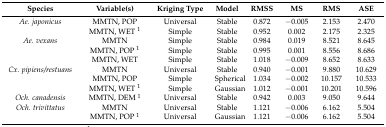
| Species | Variable(s) | Kriging Type | Model | RMSS | MS | RMS | ASE |
 | --- | --- | --- | --- | --- | --- | --- | --- |
 | Ae. japonicus | MMTN, POP | Universal | Stable | 0.872 | −0.005 | 2.153 | 2.470 |
 |  | MMTN, WET 1 | Simple | Stable | 0.952 | 0.002 | 2.175 | 2.325 |
 | Ae. vexans | MMTN | Simple | Stable | 0.984 | 0.019 | 8.521 | 8.645 |
 |  | MMTN, POP 1 | Simple | Stable | 0.995 | 0.001 | 8.556 | 8.686 |
 |  | MMTN, WET | Simple | Stable | 1.018 | −0.009 | 8.652 | 8.633 |
 | Cx. pipiens/restuans | MMTN | Universal | Stable | 0.940 | −0.001 | 9.880 | 10.629 |
 |  | MMTN, POP | Simple | Spherical | 1.034 | −0.002 | 10.157 | 10.533 |
 |  | MMTN, WET 1 | Simple | Gaussian | 1.012 | −0.001 | 10.201 | 10.596 |
 | Och. canadensis | MMTN, DEM 1 | Universal | Stable | 0.942 | 0.003 | 9.050 | 9.644 |
 | Och. trivittatus | MMTN | Universal | Stable | 1.121 | −0.006 | 6.162 | 5.504 |
 |  | MMTN, POP 1 | Universal | Gaussian | 1.121 | −0.006 | 6.162 | 5.504 |